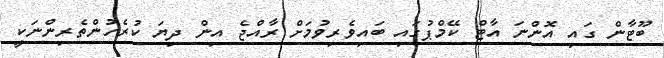
ބޫޓާން ގައި އޮންނަ އާޓް ކޭމްޕުގައި ބައިވެރިވުމަށް ރާއްޖެ އިން ދިޔަ ކުރެހުންތެރިންނަކީ